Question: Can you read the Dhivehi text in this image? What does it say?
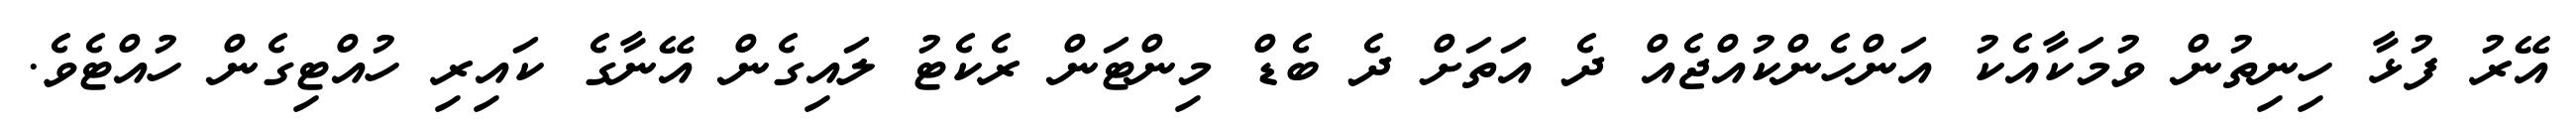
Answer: އޭރު ފުޅާ ހިނިތުން ވުމަކާއެކު އަންހެންކުއްޖެއް ދެ އަތަށް ދެ ބެޑް މިންޓަން ރެކެޓު ލައިގެން އޭނާގެ ކައިރި ހުއްޓިގެން ހުއްޓެވެ.